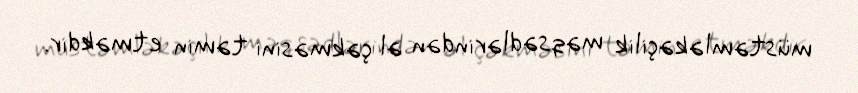
müstəmləkəçilik məqsədlərindən əl çəkməsini təmin etməkdir.